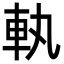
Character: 𮜿